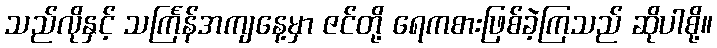
သည်လိုနှင့် သင်္ကြန်အကျနေ့မှာ ဇင်တို့ ရေကစားဖြစ်ခဲ့ကြသည် ဆိုပါစို့။